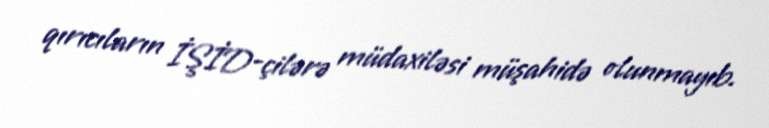
qırıcıların İŞİD-çilərə müdaxiləsi müşahidə olunmayıb.